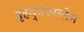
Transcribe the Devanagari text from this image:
बृहद्‌जेरुसलेम